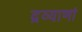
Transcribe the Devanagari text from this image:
द्रव्याणां